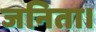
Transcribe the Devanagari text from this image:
जनिता।